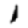
Digit: 1